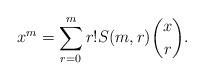
LaTeX: \begin{align*}x^m= \sum_{r=0}^m r! S(m,r)\binom{x}{r}.\end{align*}